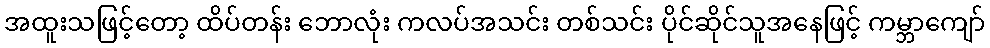
အထူးသဖြင့်တော့ ထိပ်တန်း ဘောလုံး ကလပ်အသင်း တစ်သင်း ပိုင်ဆိုင်သူအနေဖြင့် ကမ္ဘာကျော်